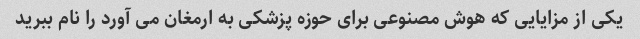
یکی از مزایایی که هوش مصنوعی برای حوزه پزشکی به ارمغان می آورد را نام ببرید